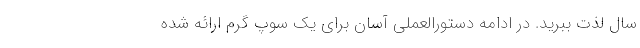
سال لذت ببرید. در ادامه دستورالعملی آسان برای یک سوپ گرم ارائه شده